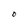
Character: O